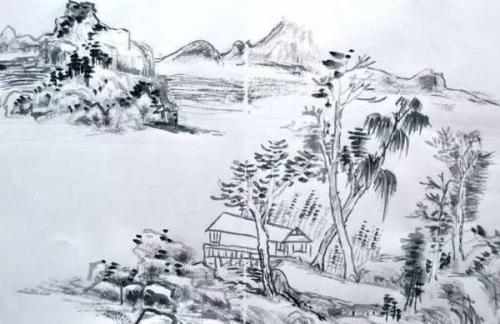
岁岁金河复玉关，朝朝马策与刀环。